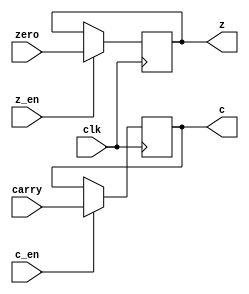
module cz(
	input clk,
	input carry, zero,
	input c_en, z_en,
	output reg c, z
);

	initial 
	begin
	
		c = 0;
		z = 0;
	
	end

	always @(posedge clk)
	begin
		if (c_en)
			c = carry;
		if (z_en)
			z = zero;
	end

endmodule